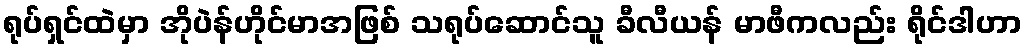
ရုပ်ရှင်ထဲမှာ အိုပဲန်ဟိုင်မာအဖြစ် သရုပ်ဆောင်သူ ခီလီယန် မာဖီကလည်း ရိုင်ဒါဟာ